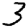
Digit: 3